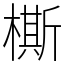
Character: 㯕